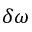
\delta \omega